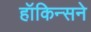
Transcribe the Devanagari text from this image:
हॉकिन्सने